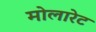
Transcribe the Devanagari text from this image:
मोलारेट